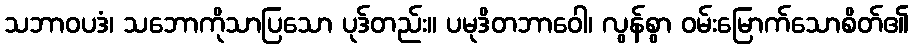
သဘာဝပဒံ၊ သဘောကိုသာပြသော ပုဒ်တည်း။ ပမုဒိတဘာဝေါ၊ လွန်စွာ ဝမ်းမြောက်သောစိတ်၏